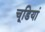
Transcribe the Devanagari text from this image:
चूडियां